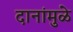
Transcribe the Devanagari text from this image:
दानांमुळे